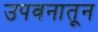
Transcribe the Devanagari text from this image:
उपवनातून